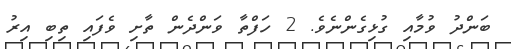
ބަންދު ވުމާއި ގުޅިގެންނެވެ. 2 ހަފްތާ ވަންދެން ތާށި ވެފައި ތިބި އިރު